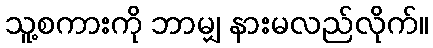
သူ့စကားကို ဘာမျှ နားမလည်လိုက်။